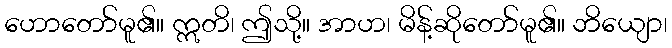
ဟောတော်မူ၏။ ဣတိ၊ ဤသို့။ အာဟ၊ မိန့်ဆိုတော်မူ၏။ ဘိယျော၊